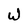
Character: W